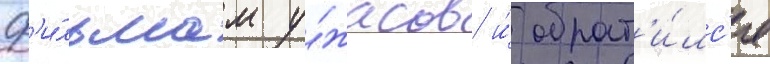
ф'и́льмам у́жасов и́ обрат'и́лс'я